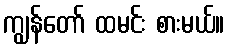
ကျွန်တော် ထမင်း စားမယ်။